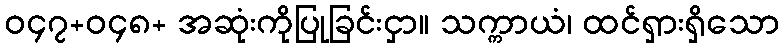
ဝ၄၇+ဝ၄၈+ အဆုံးကိုပြုခြင်းငှာ။ သက္ကာယံ၊ ထင်ရှားရှိသော